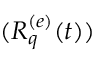
( R _ { q } ^ { ( e ) } ( t ) )